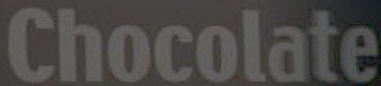
Chocolate